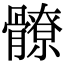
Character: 𩪚